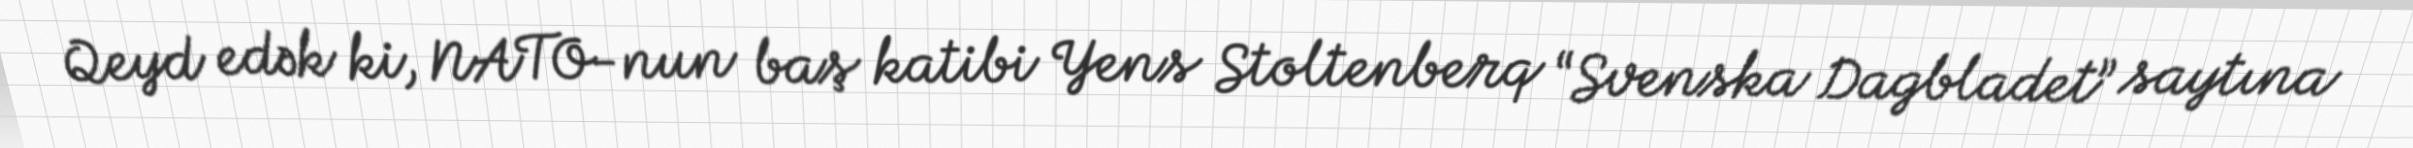
Qeyd edək ki, NATO-nun baş katibi Yens Stoltenberq “Svenska Dagbladet” saytına